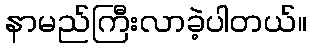
နာမည်ကြီးလာခဲ့ပါတယ်။